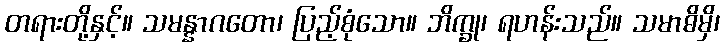
တရားတို့နှင့်။ သမန္နာဂတော၊ ပြည့်စုံသော။ ဘိက္ခု၊ ရဟန်းသည်။ သမာဓိမှိ၊